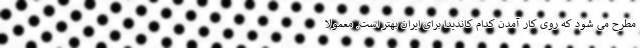
مطرح می شود که روی کار آمدن کدام کاندیدا برای ایران بهتر است. معمولا